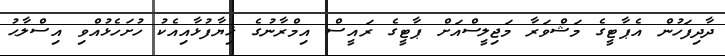
ދާދިފަހުން އެޕާޓީގެ މަޝްވަރާ މަޖިލީސްއަށް ޕާޓީގެ ރައީސް އިމްރާނުގެ ޚިޔާފުޅާއިއެކު ހުށަހެޅުއްވި އިސްލާޙު